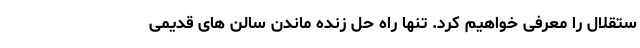
ستقلال را معرفی خواهیم کرد. تنها راه حل زنده ماندن سالن های قدیمی